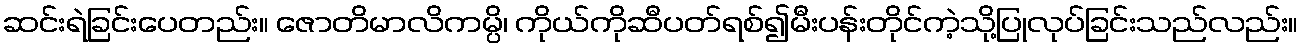
ဆင်းရဲခြင်းပေတည်း။ ဇောတိမာလိကမ္ပိ၊ ကိုယ်ကိုဆီပတ်ရစ်၍မီးပန်းတိုင်ကဲ့သို့ပြုလုပ်ခြင်းသည်လည်း။